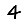
Digit: 4